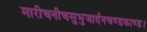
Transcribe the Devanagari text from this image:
मारीचनीचसुभुजार्दनचण्डकाण्ड।